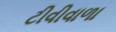
ટીવીવાળા